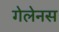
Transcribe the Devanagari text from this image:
गेलेनस